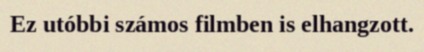
Ez utóbbi számos filmben is elhangzott.